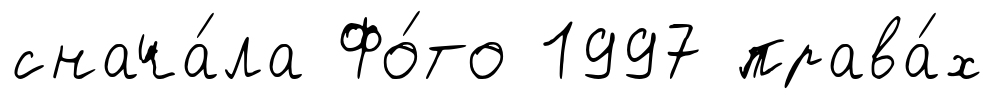
снача́ла Фо́то 1997 права́х